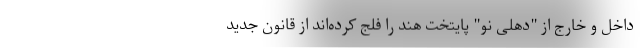
داخل و خارج از "دهلی نو" پایتخت هند را فلج کرده‌اند از قانون جدید